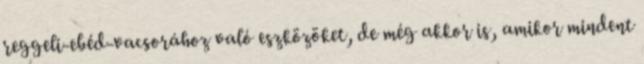
reggeli-ebéd-vacsorához való eszközöket, de még akkor is, amikor mindent